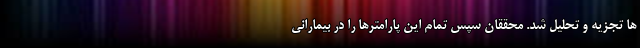
ها تجزیه و تحلیل شد. محققان سپس تمام این پارامترها را در بیمارانی